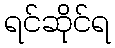
ရင်ဆိုင်ရ